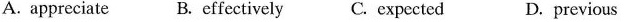
A. appreciate B. effectively C. expected D.previous